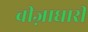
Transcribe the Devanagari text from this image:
वीज़ाधारी